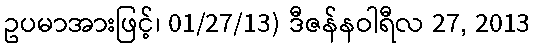
ဥပမာအားဖြင့်၊ 01/27/13) ဒီဇန်နဝါရီလ 27, 2013